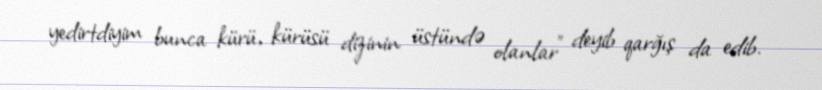
yedirtdiyim bunca kürü, kürüsü dizinin üstündə olanlar” deyib qarğış da edib.